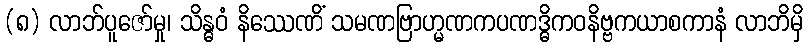
(၈) လာဘ်ပူဇော်မှု၊ သိန္ဓဝံ နိဿေဏိံ သမဏဗြာဟ္မဏကပဏဒ္ဓိကဝနိဗ္ဗကယာစကာနံ လာဘိမှိ